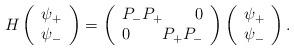
LaTeX: \begin{align*}H\left( \begin{array}{c}\psi _{+} \\ \psi _{-} \end{array}\right) =\left( \begin{array}{c}P_{-}P_{+}\qquad 0 \\ 0\qquad P_{+}P_{-} \end{array}\right) \left( \begin{array}{c}\psi _{+} \\ \psi _{-} \end{array}\right) .\end{align*}